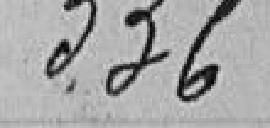
336